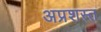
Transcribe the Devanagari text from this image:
अप्रशस्त